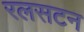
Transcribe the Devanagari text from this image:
रलसटन